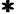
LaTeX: \pmb{*}